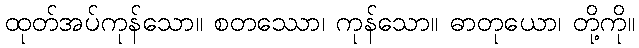
ထုတ်အပ်ကုန်သော။ စတဿော၊ ကုန်သော။ ဓာတုယော၊ တို့ကို။